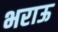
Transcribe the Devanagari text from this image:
भराऊ